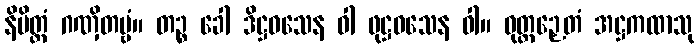
နိမိတ္တံ ဂဏှိတဗ္ဗံ။ တဉ္စ ခေါ ဒိဋ္ဌဝသေန ဝါ ဖုဋ္ဌဝသေန ဝါ။ ဝုတ္တဉှေတံ အဋ္ဌကထာသု